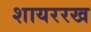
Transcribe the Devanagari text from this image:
शायररख